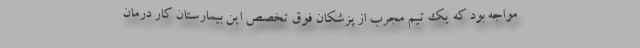
مواجه بود که یک تیم مجرب از پزشکان فوق تخصص این بیمارستان کار درمان